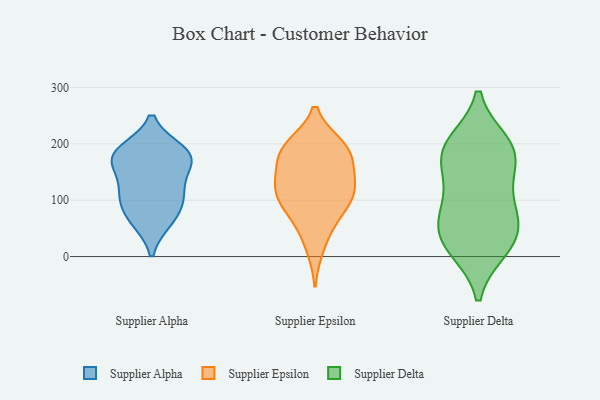
{"axis": {"x": "Satisfaction Score", "y": "Value"}, "legend": ["Supplier Alpha", "Supplier Delta", "Supplier Epsilon"], "data": [{"x": "", "y": 178, "type": "Supplier Alpha"}, {"x": "", "y": 111, "type": "Supplier Alpha"}, {"x": "", "y": 187, "type": "Supplier Alpha"}, {"x": "", "y": 103, "type": "Supplier Alpha"}, {"x": "", "y": 174, "type": "Supplier Alpha"}, {"x": "", "y": 64, "type": "Supplier Alpha"}, {"x": "", "y": 181, "type": "Supplier Alpha"}, {"x": "", "y": 119, "type": "Supplier Alpha"}, {"x": "", "y": 165, "type": "Supplier Alpha"}, {"x": "", "y": 69, "type": "Supplier Alpha"}, {"x": "", "y": 14, "type": "Supplier Epsilon"}, {"x": "", "y": 195, "type": "Supplier Epsilon"}, {"x": "", "y": 107, "type": "Supplier Epsilon"}, {"x": "", "y": 108, "type": "Supplier Epsilon"}, {"x": "", "y": 60, "type": "Supplier Epsilon"}, {"x": "", "y": 143, "type": "Supplier Epsilon"}, {"x": "", "y": 63, "type": "Supplier Epsilon"}, {"x": "", "y": 145, "type": "Supplier Epsilon"}, {"x": "", "y": 118, "type": "Supplier Epsilon"}, {"x": "", "y": 198, "type": "Supplier Epsilon"}, {"x": "", "y": 179, "type": "Supplier Epsilon"}, {"x": "", "y": 198, "type": "Supplier Epsilon"}, {"x": "", "y": 108, "type": "Supplier Epsilon"}, {"x": "", "y": 189, "type": "Supplier Epsilon"}, {"x": "", "y": 156, "type": "Supplier Epsilon"}, {"x": "", "y": 99, "type": "Supplier Epsilon"}, {"x": "", "y": 177, "type": "Supplier Delta"}, {"x": "", "y": 21, "type": "Supplier Delta"}, {"x": "", "y": 15, "type": "Supplier Delta"}, {"x": "", "y": 88, "type": "Supplier Delta"}, {"x": "", "y": 29, "type": "Supplier Delta"}, {"x": "", "y": 200, "type": "Supplier Delta"}, {"x": "", "y": 56, "type": "Supplier Delta"}, {"x": "", "y": 109, "type": "Supplier Delta"}, {"x": "", "y": 192, "type": "Supplier Delta"}, {"x": "", "y": 157, "type": "Supplier Delta"}, {"x": "", "y": 190, "type": "Supplier Delta"}, {"x": "", "y": 62, "type": "Supplier Delta"}]}